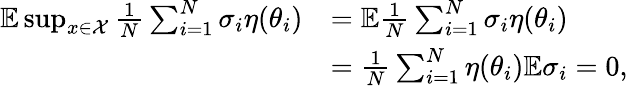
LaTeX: \begin{array}{rl}{\mathbb{E}\operatorname*{sup}_{x\in\mathcal{X}}\frac{1}{N}\sum_{i=1}^{N}\sigma_{i}\eta(\theta_{i})}&{=\mathbb{E}\frac{1}{N}\sum_{i=1}^{N}\sigma_{i}\eta(\theta_{i})}\\ &{=\frac{1}{N}\sum_{i=1}^{N}\eta(\theta_{i})\mathbb{E}\sigma_{i}=0,}\end{array}